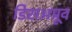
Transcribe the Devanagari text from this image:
डिसअप्रूव